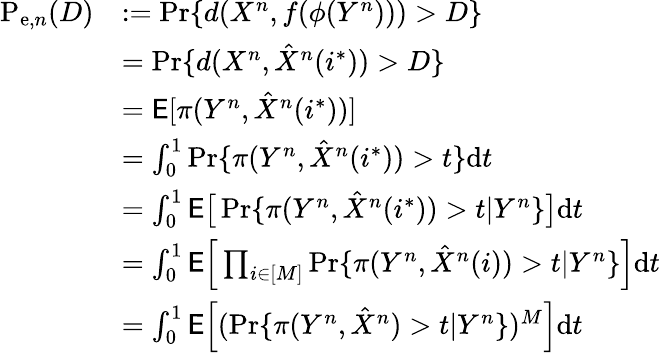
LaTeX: \begin{array}{rl}{\mathrm{P}_{\mathrm{e},n}(D)}&{:=\operatorname*{Pr}\{ d(X^{n},f(\phi(Y^{n})))>D\} }\\ &{=\operatorname*{Pr}\{ d(X^{n},\hat{X}^{n}(i^{*}))>D\} }\\ &{=\mathsf{E}[\pi(Y^{n},\hat{X}^{n}(i^{*}))]}\\ &{=\int_{0}^{1}\operatorname*{Pr}\{ \pi(Y^{n},\hat{X}^{n}(i^{*}))>t\} \mathrm{d}t}\\ &{=\int_{0}^{1}\mathsf{E}\big[\operatorname*{Pr}\{ \pi(Y^{n},\hat{X}^{n}(i^{*}))>t|Y^{n}\} \big]\mathrm{d}t}\\ &{=\int_{0}^{1}\mathsf{E}\Big[\prod_{i\in[M]}\operatorname*{Pr}\{ \pi(Y^{n},\hat{X}^{n}(i))>t|Y^{n}\} \Big]\mathrm{d}t}\\ &{=\int_{0}^{1}\mathsf{E}\Big[(\operatorname*{Pr}\{ \pi(Y^{n},\hat{X}^{n})>t|Y^{n}\} )^{M}\Big]\mathrm{d}t}\end{array}